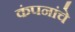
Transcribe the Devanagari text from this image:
कंपनांचे